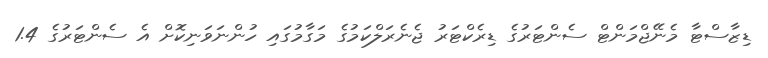
ޑިޒާސްޓާ މެނޭޖްމަންޓް ސެންޓަރުގެ ޑިރެކްޓަރު ޖެނެރަލްކަމުގެ މަގާމުގައި ހުންނަވަނިކޮށް އެ ސެންޓަރުގެ 1.4